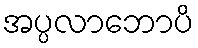
အပ္ပလာဘောပိ